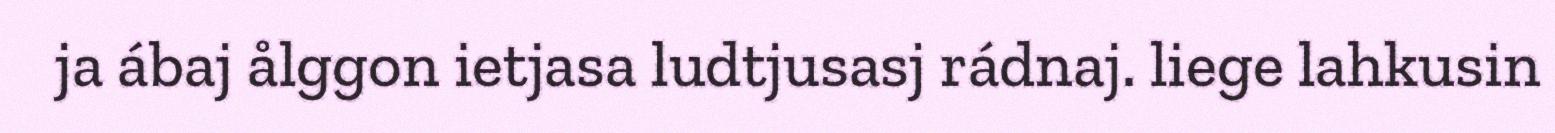
ja ábaj ålggon ietjasa ludtjusasj rádnaj. liege lahkusin